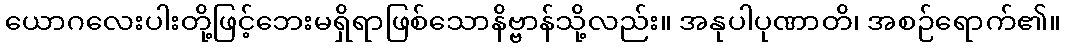
ယောဂလေးပါးတို့ဖြင့်ဘေးမရှိရာဖြစ်သောနိဗ္ဗာန်သို့လည်း။ အနုပါပုဏာတိ၊ အစဉ်ရောက်၏။